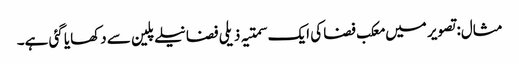
مثال: تصویر میں معکب فضا کی ایک سمتیہ ذیلی فضا نیلے پلین سے دکھایا گئی ہے۔